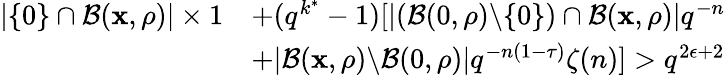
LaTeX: \begin{array}{rl}{|\{ 0\} \cap\mathcal{B}(\mathbf{x},\rho)|\times 1}&{+(q^{k^{*}}-1)[|(\mathcal{B}(0,\rho)\backslash{\{ 0\} })\cap\mathcal{B}(\mathbf{x},\rho)|q^{-n}}\\ &{+|\mathcal{B}(\mathbf{x},\rho)\backslash{\mathcal{B}(0,\rho)}|q^{-n(1-\tau)}\zeta(n)]>q^{2\epsilon+2}}\end{array}